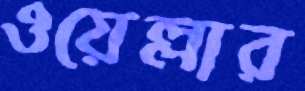
ওয়েল্লার